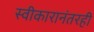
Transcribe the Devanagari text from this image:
स्वीकारानंतरही